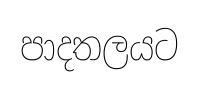
පාදතලයට